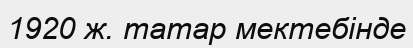
1920 ж. татар мектебінде